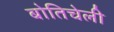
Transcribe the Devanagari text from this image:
बोतिचेली